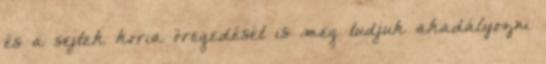
és a sejtek koria öregedését is meg tudjuk akadályozni